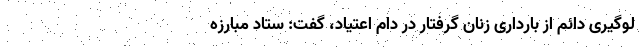
لوگیری دائم از بارداری زنان گرفتار در دام اعتیاد، گفت: ستاد مبارزه